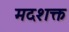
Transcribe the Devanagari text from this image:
मदशक्त